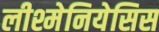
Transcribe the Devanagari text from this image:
लीश्मेनियेसिस